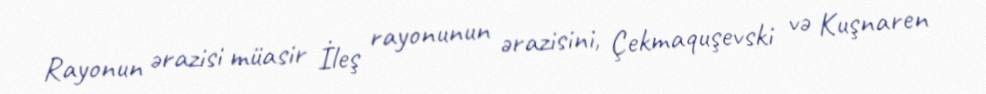
Rayonun ərazisi müasir İleş rayonunun ərazisini, Çekmaquşevski və Kuşnaren